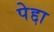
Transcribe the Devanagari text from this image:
पेद्दा